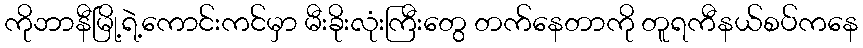
ကိုဘာနီမြို့ရဲ့ကောင်းကင်မှာ မီးခိုးလုံးကြီးတွေ တက်နေတာကို တူရကီနယ်စပ်ကနေ